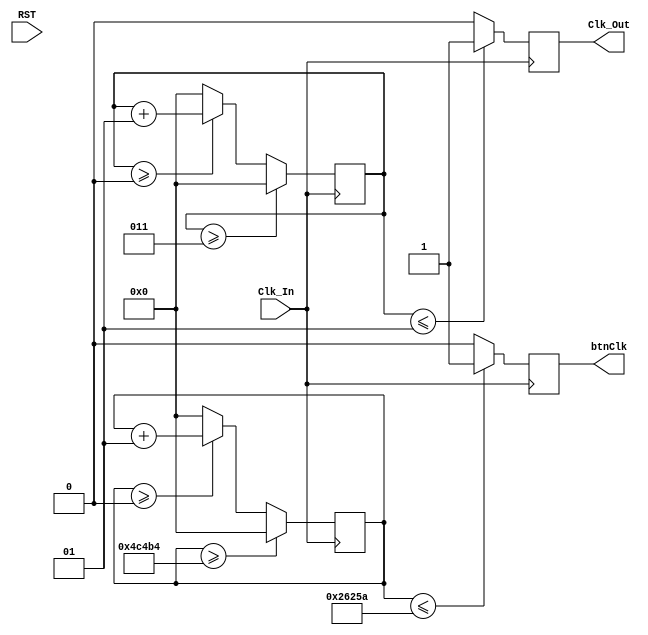
`timescale 1ns / 1ps
//////////////////////////////////////////////////////////////////////////////////
// Company: 
// Engineer: 
// 
// Design Name: 
// Module Name: ClockDivider
// Project Name: 
// Target Devices: 
// Tool Versions: 
// Description: 
// 
// Dependencies: 
// 
// Revision:
// Revision 0.01 - File Created
// Additional Comments:
// 
//////////////////////////////////////////////////////////////////////////////////


module ClockDivider(
    input Clk_In,
    input RST,
    output reg Clk_Out,
    output reg btnClk
    );
//CLK 1
    integer count1;
    parameter freq1=25175000; // set this val to desired frequency
    parameter max1=100000000/freq1; //calulates value to count to before reset
    always @(posedge Clk_In)
    begin

        //Initialize count Or Increment Count
         if (count1>=0)
          count1 <=count1 +1; 
        else
        count1<=0;
        
        //Output Clks accoring to count
        if(count1<=max1/2) begin 
            Clk_Out<=1'b1; 

        end
        else begin        
            Clk_Out<=1'b0;         
        end
        
        //reset count
        if(count1>=max1) begin 
            count1<=0; 
        end   
        

    end
    
 //CLK 2 - BTNcLK --AFFECTS HOW FAST THE PLAYER OBJECT MOVES
 
 integer count2;
 parameter freq2=320; // set this val to desired frequency
 parameter max2=100000000/freq2; //calulates value to count to before reset
 always @(posedge Clk_In)
 begin

     //Initialize count Or Increment Count
      if (count2>=0)
       count2 <=count2 +1; 
     else
     count2<=0;
     
     //Output Clks accoring to count
     if(count2<=max2/2) begin 
         btnClk<=1'b1; 

     end
     else begin        
         btnClk<=1'b0;         
     end
     
     //reset count
     if(count2>=max2) begin 
         count2<=0; 
     end   
     

 end   

    
endmodule